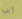
إبقيا